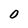
Character: 0